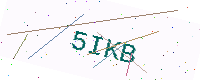
Text: 5IKB